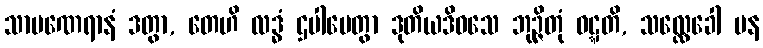
သာမဏေရာနံ ဒတွာ, တေဟိ လဒ္ဓံ ဌပါပေတွာ ဒုတိယဒိဝသေ ဘုဉ္ဇိတုံ ဝဋ္ဋတိ, သလ္လေခေါ ပန